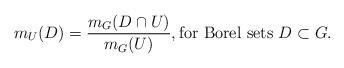
LaTeX: \begin{align*}m_{U}(D) = \frac{m_G(D \cap U)}{m_G(U)}, \textrm{for Borel sets $D \subset G$}.\end{align*}